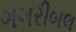
ગગરીબલ